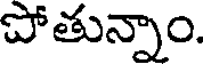
పోతున్నాం.